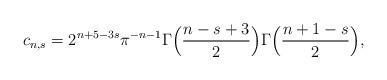
LaTeX: \begin{align*}c_{n,s}= 2^{n+5-3s} \pi^{-n-1} \Gamma\Big(\frac{n-s+3}{2}\Big) \Gamma\Big(\frac{n+1-s}{2}\Big),\end{align*}